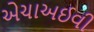
એચાઅઈવી